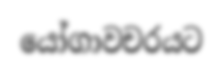
යෝගාවචරයට